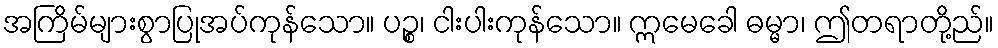
အကြိမ်များစွာပြုအပ်ကုန်သော။ ပဉ္စ၊ ငါးပါးကုန်သော။ ဣမေခေါ ဓမ္မာ၊ ဤတရာတို့ည်။